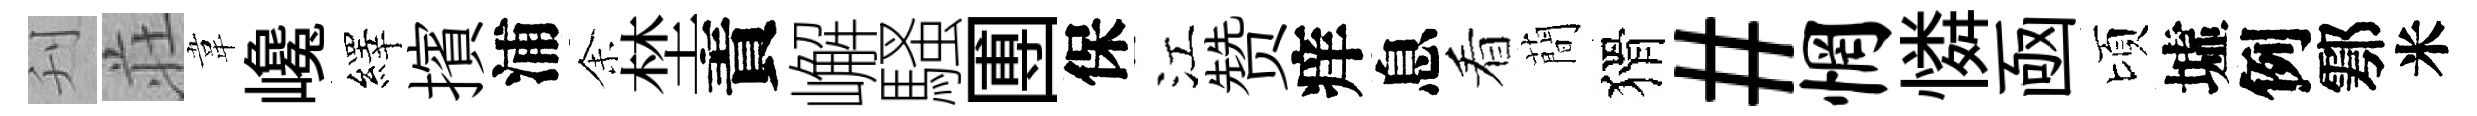
刋荘韋巉繹擯浦𪜬埜責嶰騷圑保江赞痒息看蕳猾#惘憐凾頃墟例鄠米